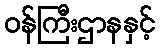
ဝန်ကြီးဌာနနှင့်